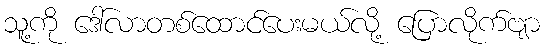
သူ့ကို ဒေါ်လာတစ်ထောင်ပေးမယ်လို့ ပြောလိုက်ဗျာ